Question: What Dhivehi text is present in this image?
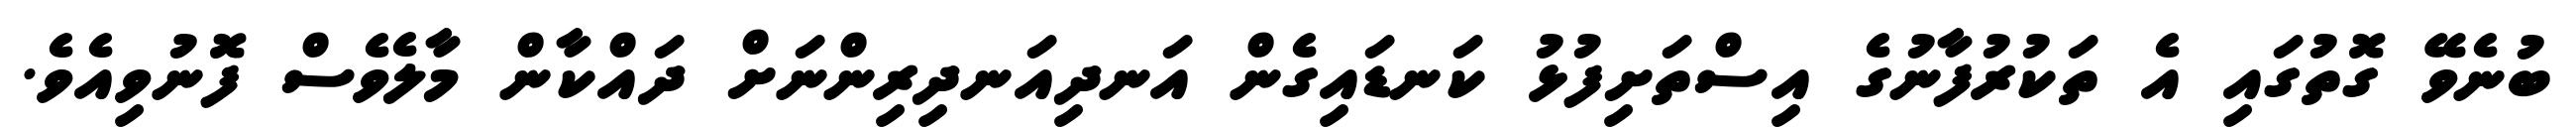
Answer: ބުނެވޭ ގޮތުގައި އެ ތަކުރުފާނުގެ އިސްތަށިފުޅު ކަނޑައިގެން އަނދިއަނދިރިންނަށް ދައްކާން މާލެވެސް ފޮނުވިއެވެ.